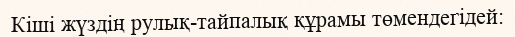
Кіші жүздің рулық-тайпалық құрамы төмендегідей: